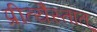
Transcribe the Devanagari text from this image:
प्रीत्यैस्तात्